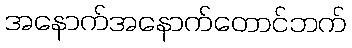
အနောက်အနောက်တောင်ဘက်